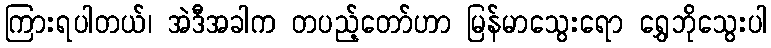
ကြားရပါတယ်၊ အဲဒီအခါက တပည့်တော်ဟာ မြန်မာသွေးရော ရွှေဘိုသွေးပါ